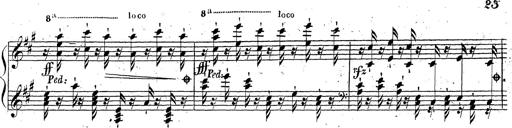
Title: Grande fantaisie sur la tyrolienne de l'opÃ©ra
Composer: Franz Liszt
Key: A major